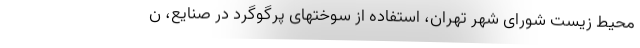
محیط زیست شورای شهر تهران، استفاده از سوختهای پرگوگرد در صنایع، ن